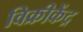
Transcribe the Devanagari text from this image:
विक्रीकेंद्र